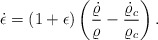
\begin{align*}\dot{\epsilon}=(1+\epsilon)\left({\dot{\varrho}\over\varrho}-{\dot{\varrho}_c\over\varrho_c}\right).\end{align*}